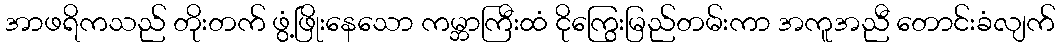
အာဖရိကသည် တိုးတက် ဖွံ့ဖြိုးနေသော ကမ္ဘာကြီးထံ ငိုကြွေးမြည်တမ်းကာ အကူအညီ တောင်းခံလျက်